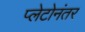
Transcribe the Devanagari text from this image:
प्लेटोनंतर